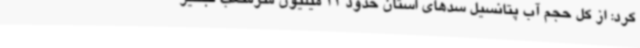
کرد: از کل حجم آب پتانسیل سدهای استان حدود 11 میلیون مترمکعب تبخیر